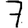
Digit: 7